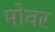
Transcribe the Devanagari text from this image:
मोवर